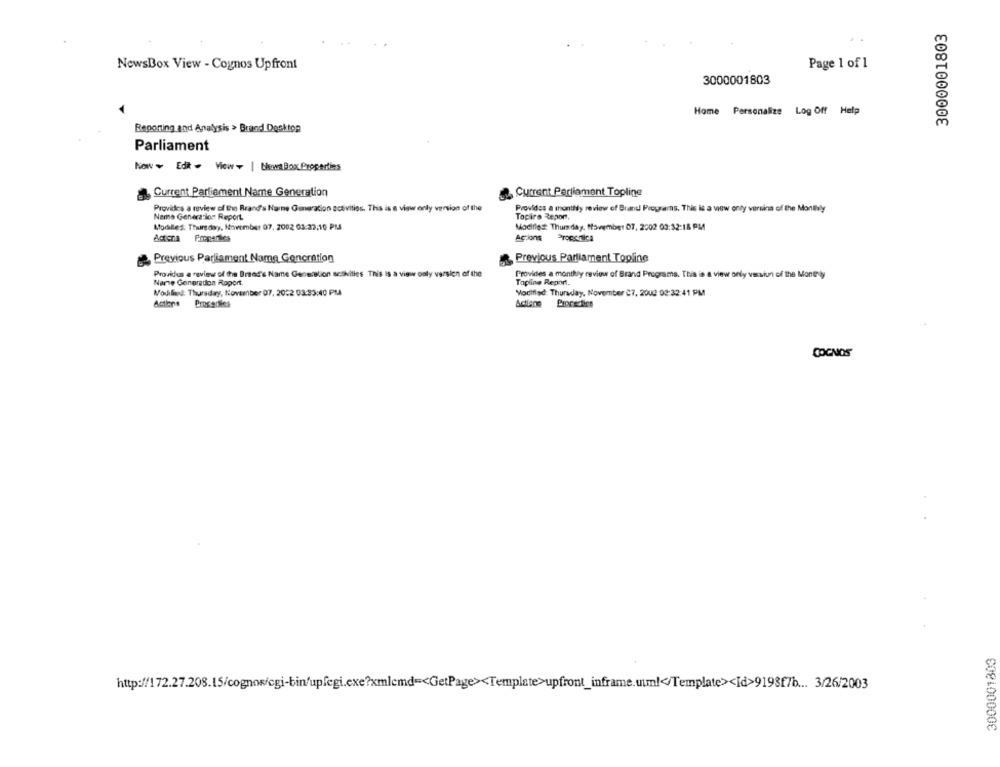
3000001803
NewsBox View - Cognos Upfront
Page 1 of 1
3000001803
Home Personalize Log Off Help
Reporting and Analysis > Brand Desktop
Parliament
Now ¥ Edit - View - | blewa Box Properties
Current Parliament Name Generation
2. Current Parliament Topline
Provides a review of the Reand's Name Generation activities. This is a viger only version of the
Neme Generation Report.
Provides a monthly review of Brand Programs. This is a view only varsina of the Monthly
Toplire Report,
Modules: Thursday, November 07, 2002 03:37:10 PM
Mocifles: Thursday, ffovember 07, 2002 03:32:18 PM
Acticna Properties
Actions
Propcnica
Previous Parliament Name Generation
Previous Parliament Topline
Provides a review of the Brand's Name Generalion setivilles This Is a view caly version of the
Provides a monthly review of Brand Programs. This is a view only version of the Moneyly
Nare Generadon Roport.
Topline Report.
Modified: Thursday, November 07, 2032 03:33:40 PM
Modified: Thursday, November 27, 2002 03:32:41 PM
Actors
Procedies
Actione
COGNOS
3000001803
http://172.27.208.15/cognos/cgi-bin/upfegi.exe?xmlemd =< GetPage><Template>upfront_inframe.uuml</Template><Id>9198f7b ... 3/26/2003